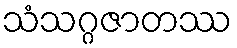
သံသဂ္ဂဇာတဿ